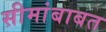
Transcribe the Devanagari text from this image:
सीमांबाबत